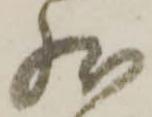
然